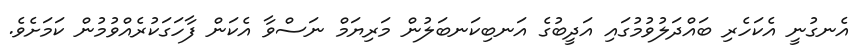
އެނގުނީ އެކަހެރި ބައްދަލުވުމުގައި އަދީބުގެ އަނބިކަނބަލުން މަރިޔަމް ނަސްވާ އެކަން ފާހަގަކުރެއްވުމުން ކަމަށެވެ.